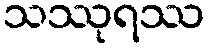
သဿုရဿ